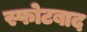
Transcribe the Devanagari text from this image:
स्फोटबाद